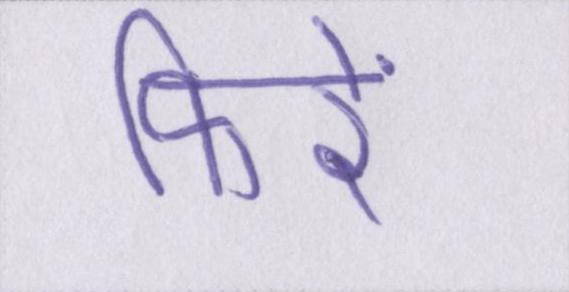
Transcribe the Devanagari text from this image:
फिरें